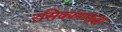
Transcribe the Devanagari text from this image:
रसिकांनासुद्धा